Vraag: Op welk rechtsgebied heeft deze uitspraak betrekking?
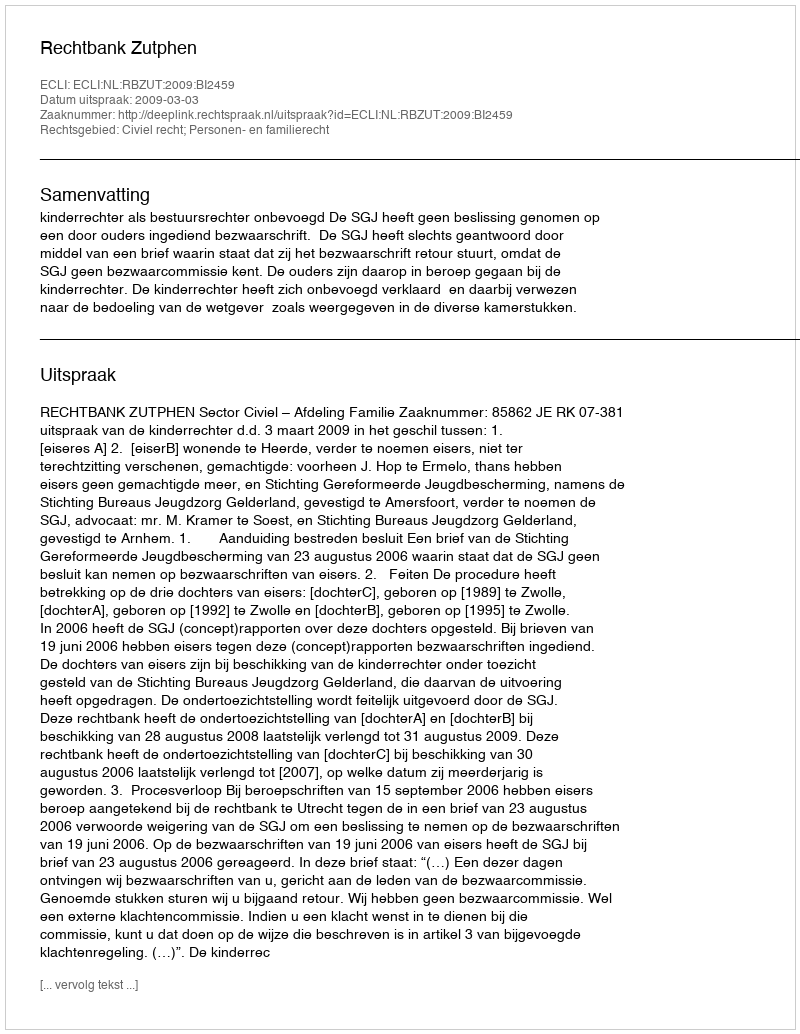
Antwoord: Civiel recht; Personen- en familierecht